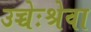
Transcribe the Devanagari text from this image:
उच्चेःश्रेवा